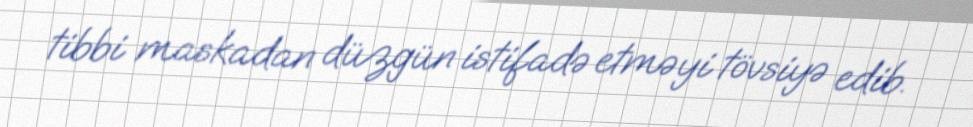
tibbi maskadan düzgün istifadə etməyi tövsiyə edib.